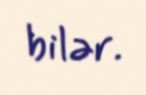
bilər.